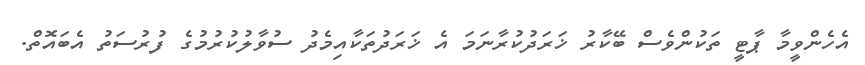
އެހެންވީމާ ޕާޓީ ތަކުންވެސް ބޭކާރު ޚަރަދުކުރާނަމަ އެ ޚަރަދުތަކާއިމެދު ސުވާލުކުރުމުގެ ފުރުސަތު އެބައޮތް.